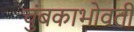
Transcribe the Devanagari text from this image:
चुंबकाभोवती